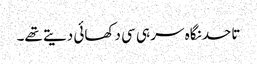
تاحد نگاہ سر ہی سی دکھائی دیتے تھے۔